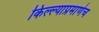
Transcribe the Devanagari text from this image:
किल्ल्याप्रमाणेच